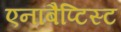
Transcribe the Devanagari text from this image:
एनाबैप्टिस्ट